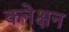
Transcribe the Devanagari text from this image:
कनेक्षन